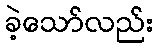
ခဲ့သော်လည်း